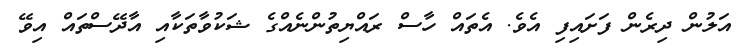
އަލުން ދިރެން ފަށައިފި އެވެ. އެތައް ހާސް ރައްޔިތުންނެއްގެ ޝަކުވާތަކާއި އާދޭސްތައް އިވޭ